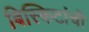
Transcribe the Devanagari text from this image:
बिस्किटांची